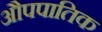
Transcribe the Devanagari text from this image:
औपपातिक